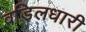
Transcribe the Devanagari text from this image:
वडिलधारी